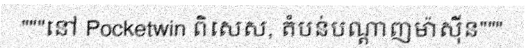
"""នៅ Pocketwin ពិសេស, តំបន់បណ្តាញម៉ាស៊ីន"""